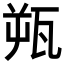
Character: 𬎫